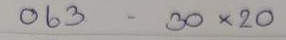
063 - 30 x 20